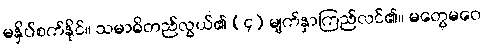
မနှိပ်စက်နိုင်။ သမာဓိတည်လွယ်၏ (၄) မျက်နှာကြည်လင်၏။ မတွေမဝေ